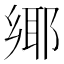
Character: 鄊